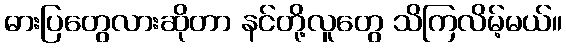
ဓားပြတွေလားဆိုတာ နင်တို့လူတွေ သိကြလိမ့်မယ်။